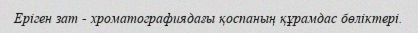
Еріген зат - хроматографиядағы қоспаның құрамдас бөліктері.